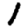
Digit: 1